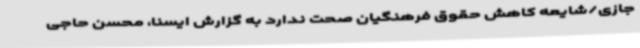
جازی/شایعه کاهش حقوق فرهنگیان صحت ندارد به گزارش ایسنا، محسن حاجی